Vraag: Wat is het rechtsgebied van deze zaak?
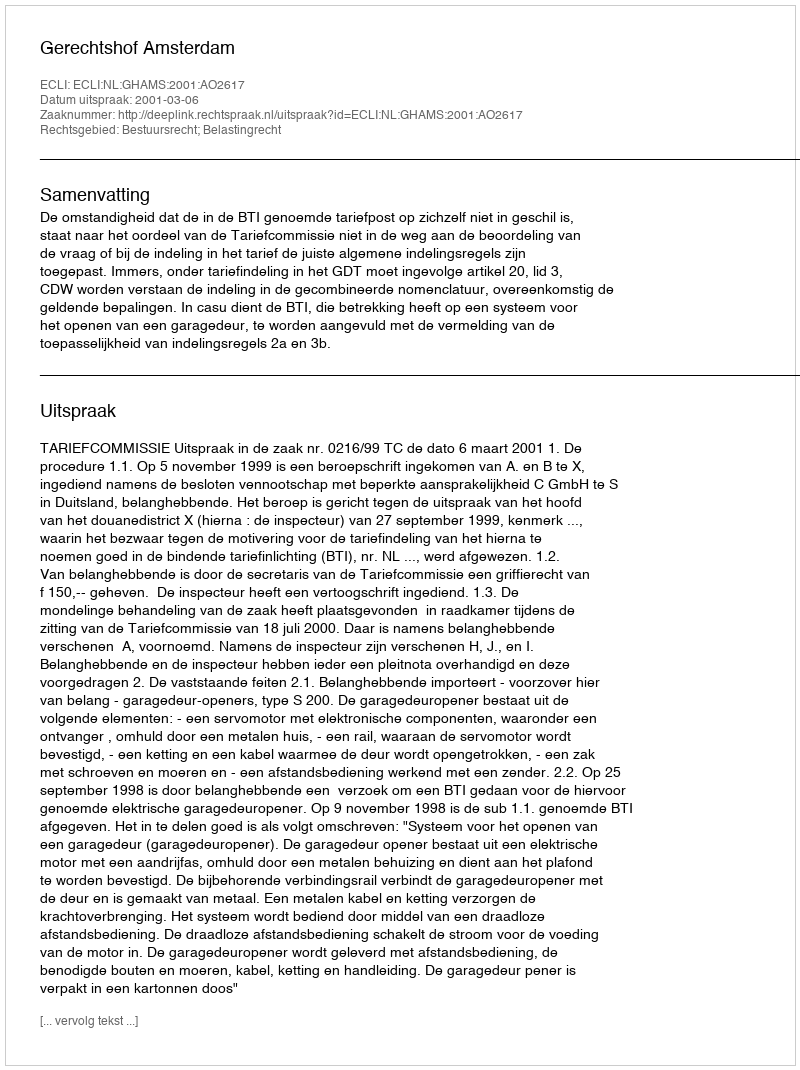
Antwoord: Bestuursrecht; Belastingrecht